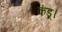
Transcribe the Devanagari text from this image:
कंडू।